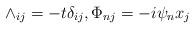
LaTeX: \begin{align*}\wedge_{ij} = -t\delta_{ij}, \Phi_{nj} = -i\psi_{n}x_{j}\end{align*}